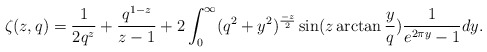
\begin{align*}\zeta(z,q)=\frac{1}{2q^{z}}+\frac{q^{1-z}}{z-1}+2\int^{\infty}_{0}(q^{2}+y^{2})^{\frac{-z}{2}}\sin(z\arctan\frac{y}{q})\frac{1}{e^{2\pi y}-1}dy.\end{align*}